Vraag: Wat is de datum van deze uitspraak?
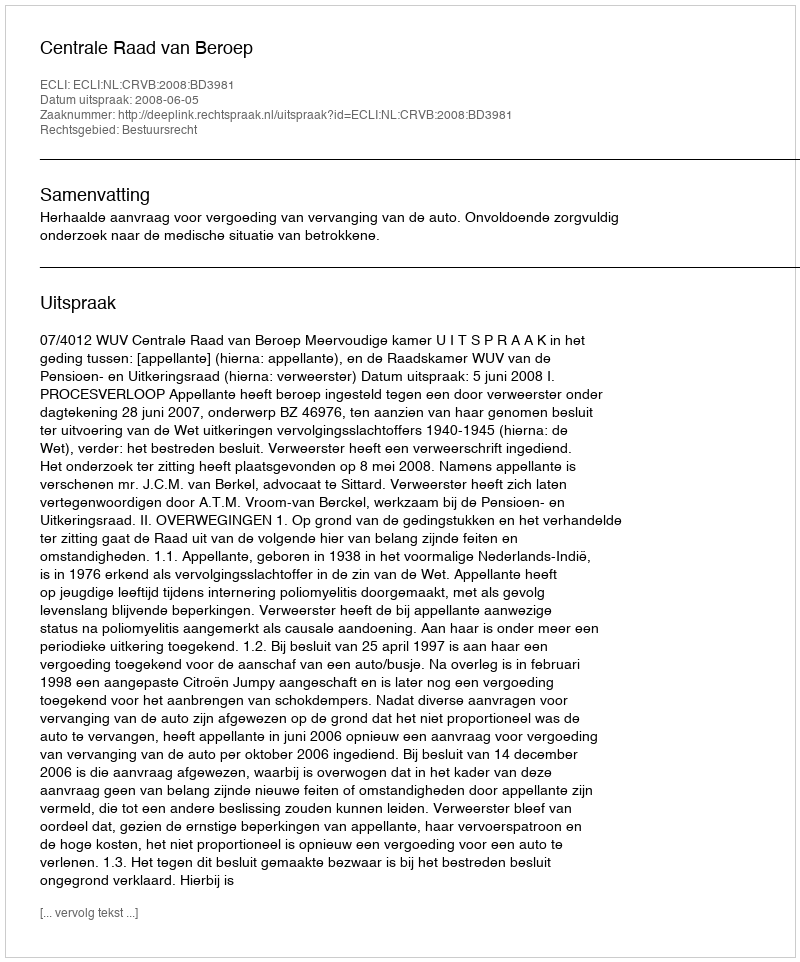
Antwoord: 2008-06-05